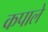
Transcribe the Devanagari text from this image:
कपाले